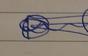
Signature authenticity: genuine